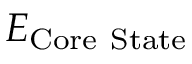
E _ { \mathrm { C o r e ~ S t a t e } }